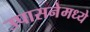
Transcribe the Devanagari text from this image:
उपासनेमध्ये